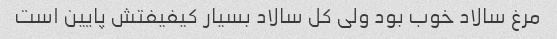
مرغ سالاد خوب بود ولی کل سالاد بسیار کیفیفتش پایین است